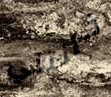
خانتني